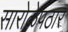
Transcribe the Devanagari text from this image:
सारोळेपठार